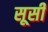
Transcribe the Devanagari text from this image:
सूसी